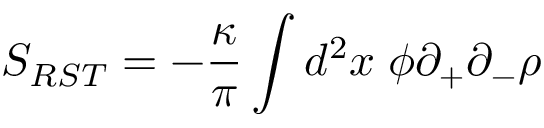
S _ { R S T } = - \frac { \kappa } { \pi } \int d ^ { 2 } x \; \phi \partial _ { + } \partial _ { - } \rho